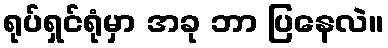
ရုပ်ရှင်ရုံမှာ အခု ဘာ ပြနေလဲ။